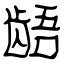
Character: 龉